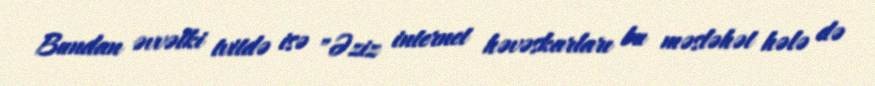
Bundan əvvəlki tvitdə isə "Əziz internet həvəskarları bu məsləhət hələ də